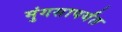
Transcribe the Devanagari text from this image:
मुंगसापर्यंत